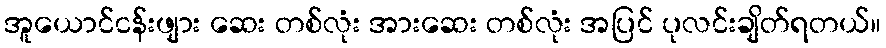
အူယောင်ငန်းဖျား ဆေး တစ်လုံး အားဆေး တစ်လုံး အပြင် ပုလင်းချိတ်ရတယ်။